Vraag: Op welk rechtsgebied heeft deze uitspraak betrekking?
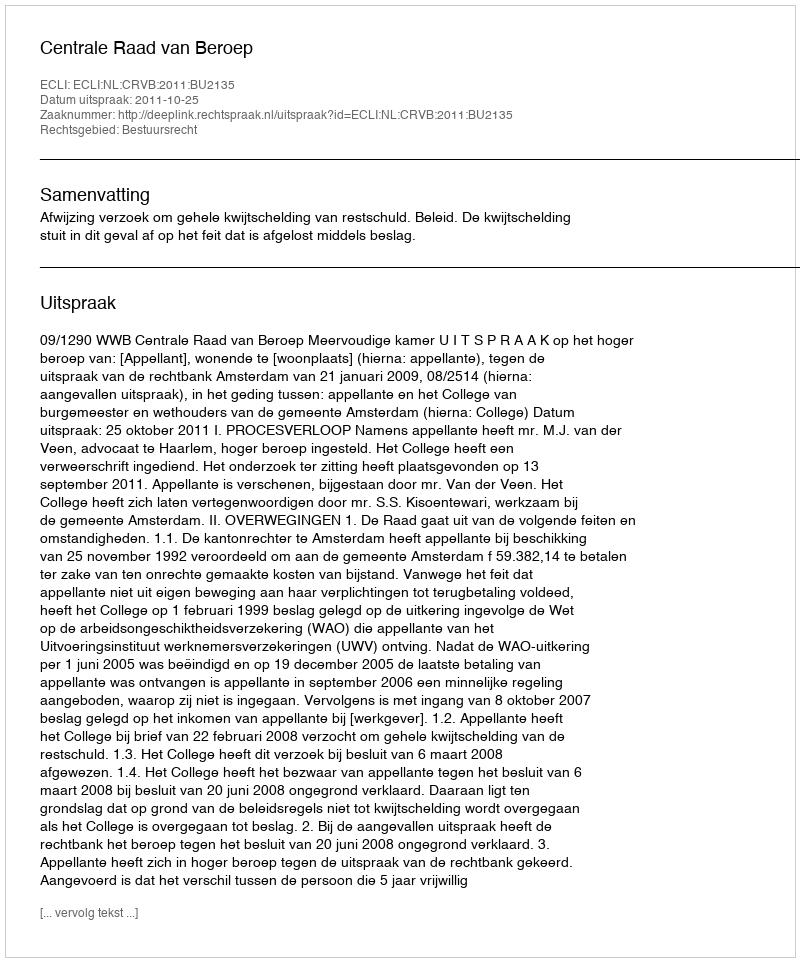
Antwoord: Bestuursrecht